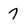
Character: 7